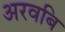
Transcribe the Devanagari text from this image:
अरवबि